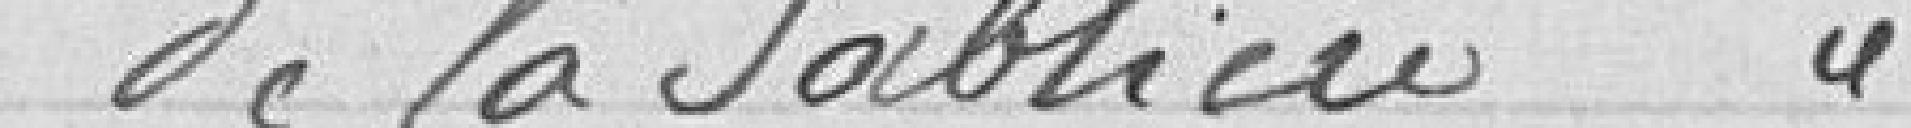
de la Sablière